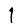
Digit: 1